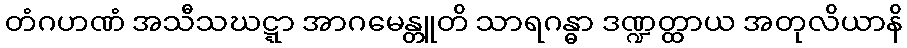
တံဂဟဏံ အသီသဃဋ္ဋာ အာဂမေန္တူတိ သာရဂန္ဓာ ဒဏ္ဍတ္ထာယ အတုလိယာနိ